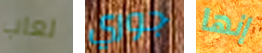
لعاب جوري إنها